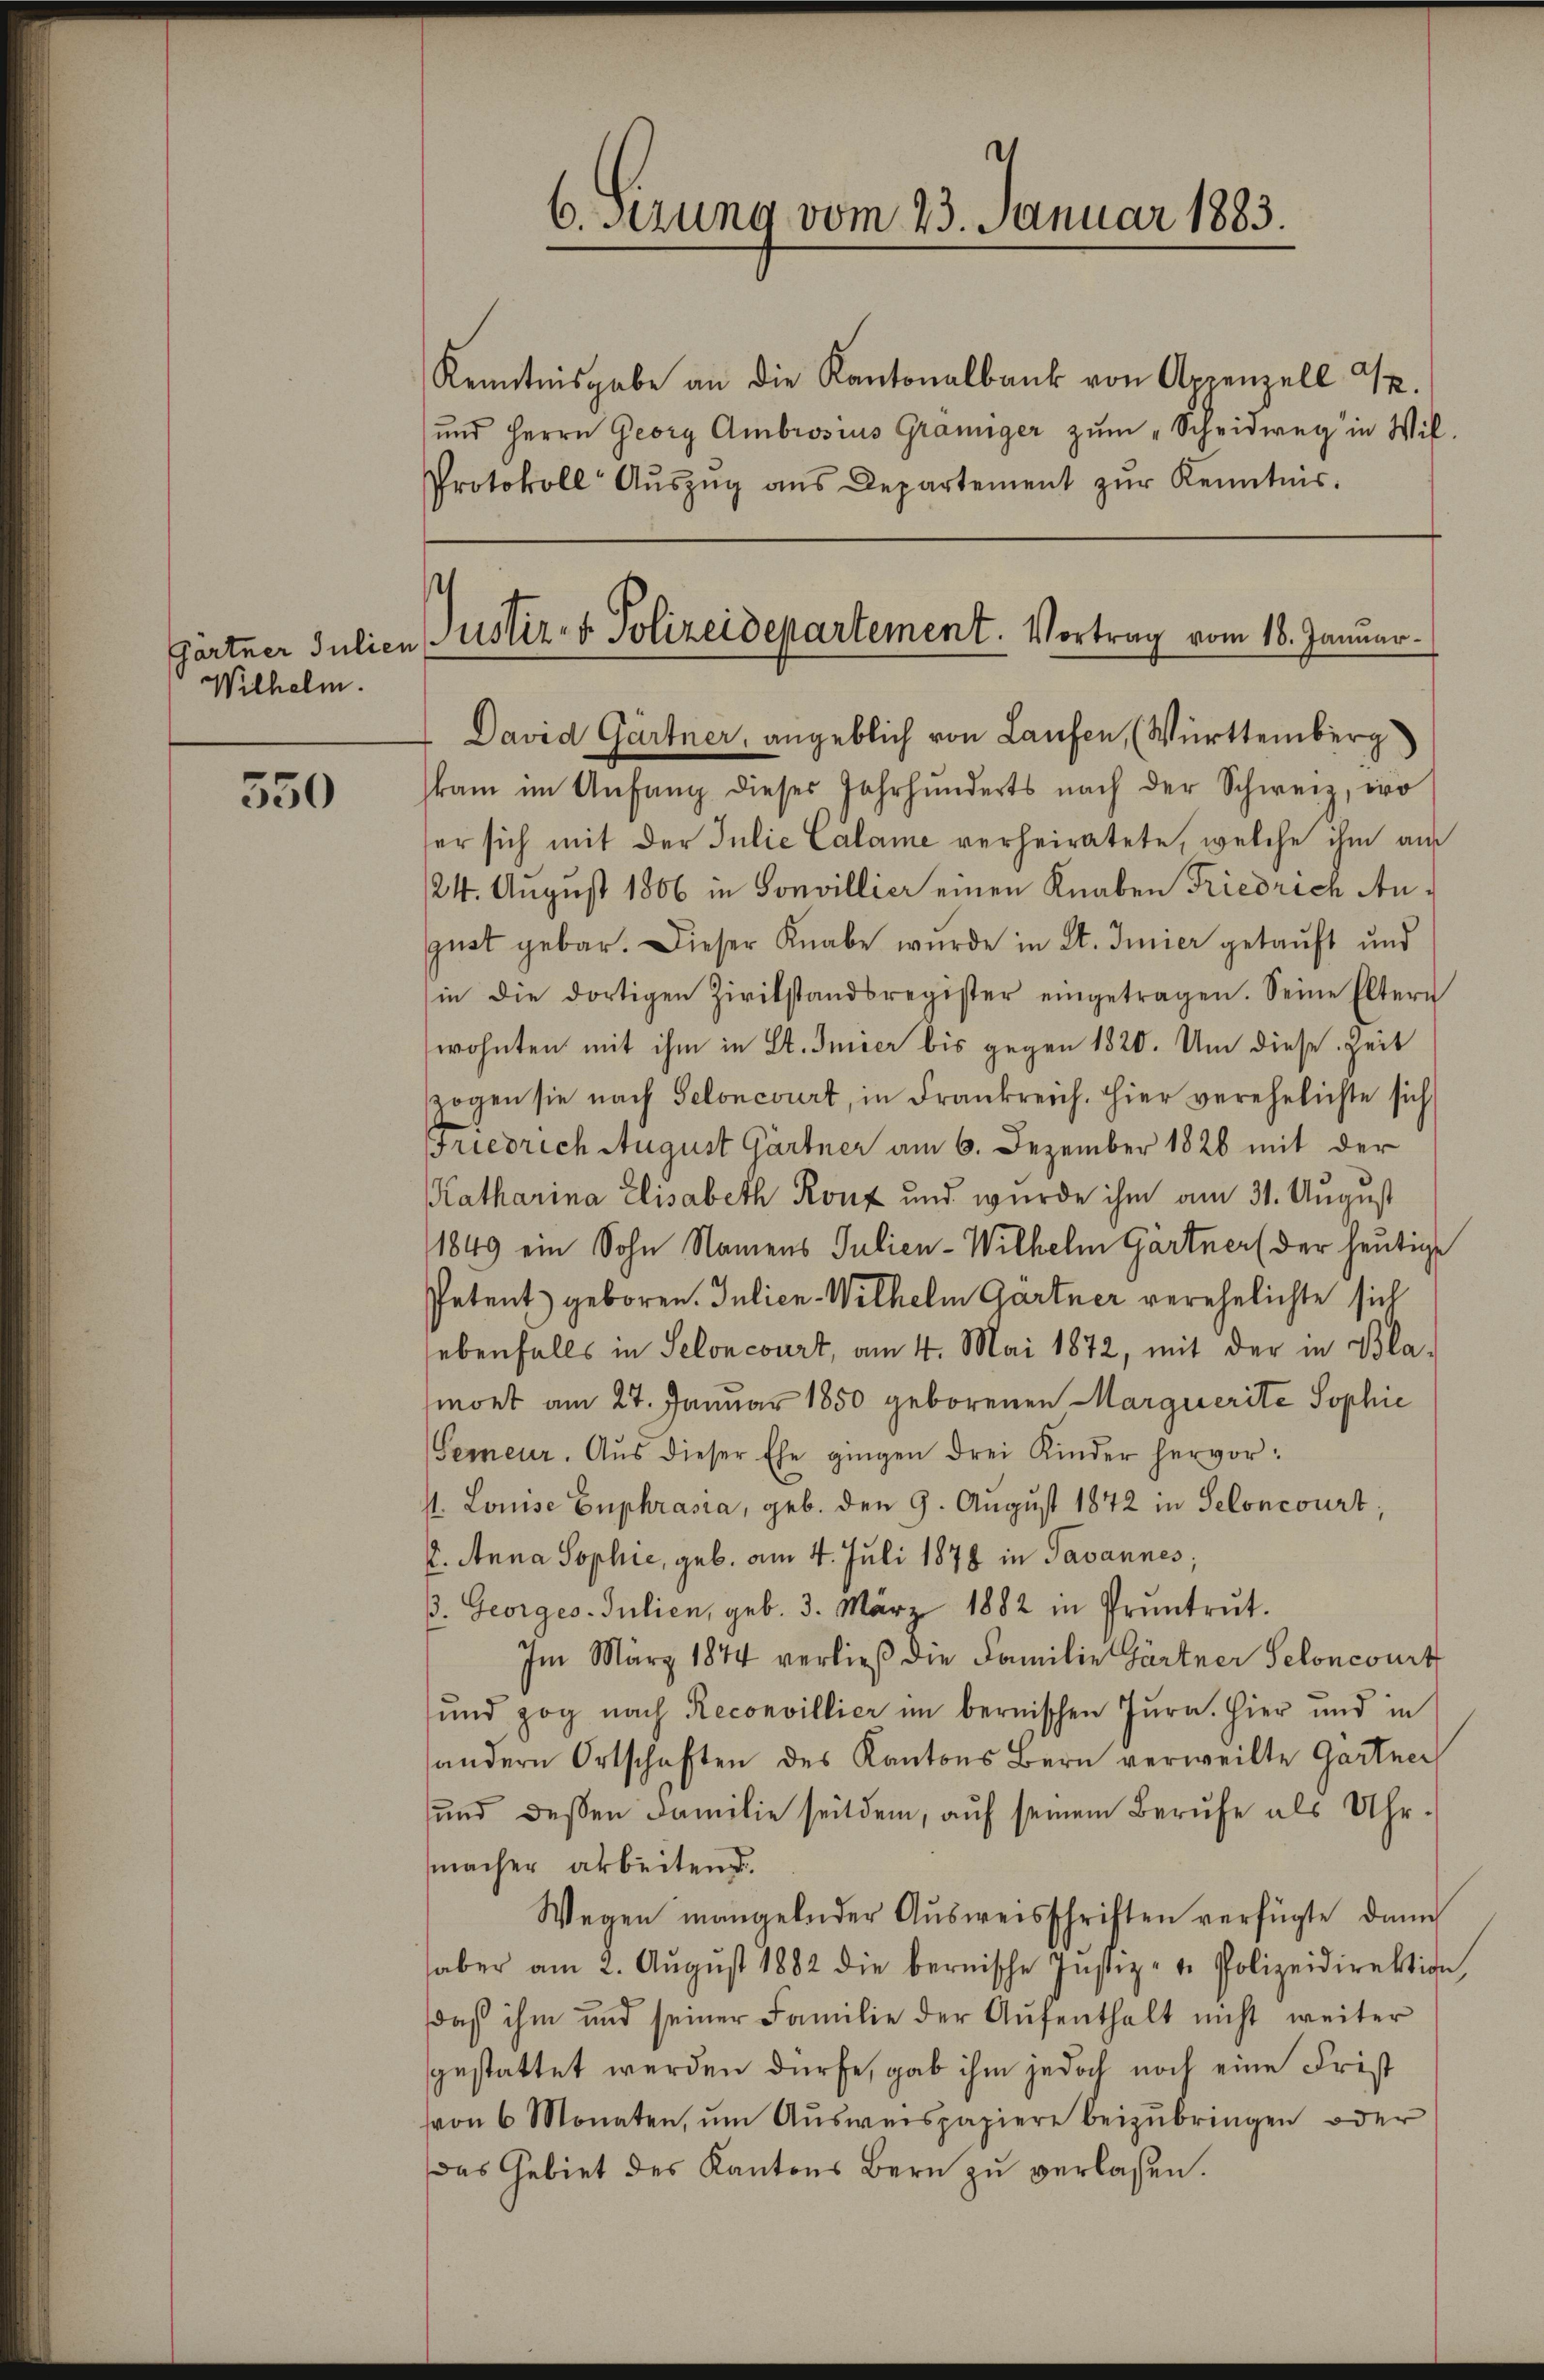
550

Wilhelm.

Kenntnisgabe an die Kantonalbank von Appenzell I.
und Herrn Georg Ambrosius Gräniger zŭm „Scheidweg in Wil-
Protokoll Aŭszŭg ans Departement zŭr Kenntnis.

6.sezung vom 23. Januar 1883.

t
Gärtner Julien Justiz- & Polizeidepartement. Vortrag vom 18. Januar.
David Gärtner, angeblich von Laufen, (Württemberg

kam im Anfang dieses Jahrhunderts nach der Schweiz, wo
ser sich mit der Julie Calame verheiratete, welche ihm am
124. August 1806 in Sonvillier einen Knaben Friedrich Angust gebar. Dieser Knabe wurde in St. Imier getauft und
in die dortigen Zivilstandsregister eingetragen. Seine Eltern
wohnten mit ihm in St. Imier bis gegen 1820. Um diese Zeit
zogen sie nach Seloncourt, in Frankreich. Hier verehelichte sich
Friedrich August Gärtner am 6. Dezember 1826 mit der
Katharina Elisabeth Konz und wurde ihm am 31. August
1849 ein Sohn Namens Julien-Wilhelm Gärtner (der heutige
Petent geboren. Julien-Wilhelm Gärtner verehelichte sich
lebenfalls in Seloncourt, am 4. Mai 1872, mit der in Bla-
mort am 27. Januar 1850 geborenen Marquerite Sophie
Gemeur. Aus dieser Ehe gingen drei Kinder hervor¬
. Louise Euphrasia, geb. den 9. August 1842 in Seloncourt;
2. Anna Sophie, geb. am 4. Juli 1878 in Javannes;
ß. Georges Julien, geb. 3. März 1882 in Pruntrŭt.
Im März 1844 verließ die Familie Gärtner Seloncourt
und zog nach Reconvillier im bernischen Jura. Hier und in
andern Ortschaften des Kantons Bern verweilte Gartner
und dessen Familie seitdem, auf seinem Berufe als Uhr-
macher arbeitend.
Wegen mangelnder Ausweisschriften verfügte dann
aber am 2. Aŭgŭst 1882 die bernische Justiz- u. Polizeidirektion,
daß ihm und seiner Familie der Aŭfenthalt nicht weiter
gestattet werden dürfe, gab ihm jedoch noch eine Frist
von 6 Monaten, ŭm Aŭsweispapiere beizubringen oder
Das Gebiet des Kantons Bern zŭ verlassen.